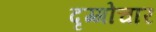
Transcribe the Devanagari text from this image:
दृग्गोचार